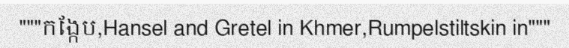
"""កង្កែប,Hansel and Gretel in Khmer,Rumpelstiltskin in"""